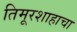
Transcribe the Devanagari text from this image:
तिमूरशाहाचा